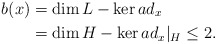
\begin{align*}b(x)&=\dim L-\ker ad_{x}\cr& = \dim H-\ker ad_{x}|_{H} \leq 2.\end{align*}